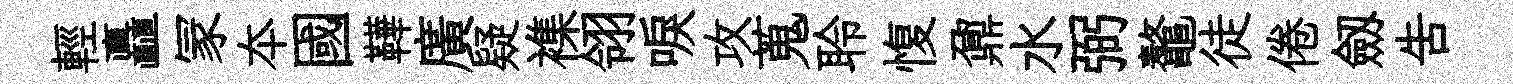
輕矗冡夲國鞾廣疑襍翎唳攻蒐聆愎鼐水弼鼇徒倦劔吿